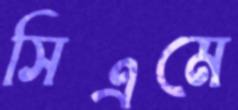
সিএমে